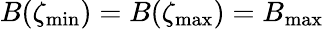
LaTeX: B(\zeta_{\mathrm{min}})=B(\zeta_{\mathrm{max}})=B_{\mathrm{max}}